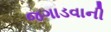
જગાડવાની